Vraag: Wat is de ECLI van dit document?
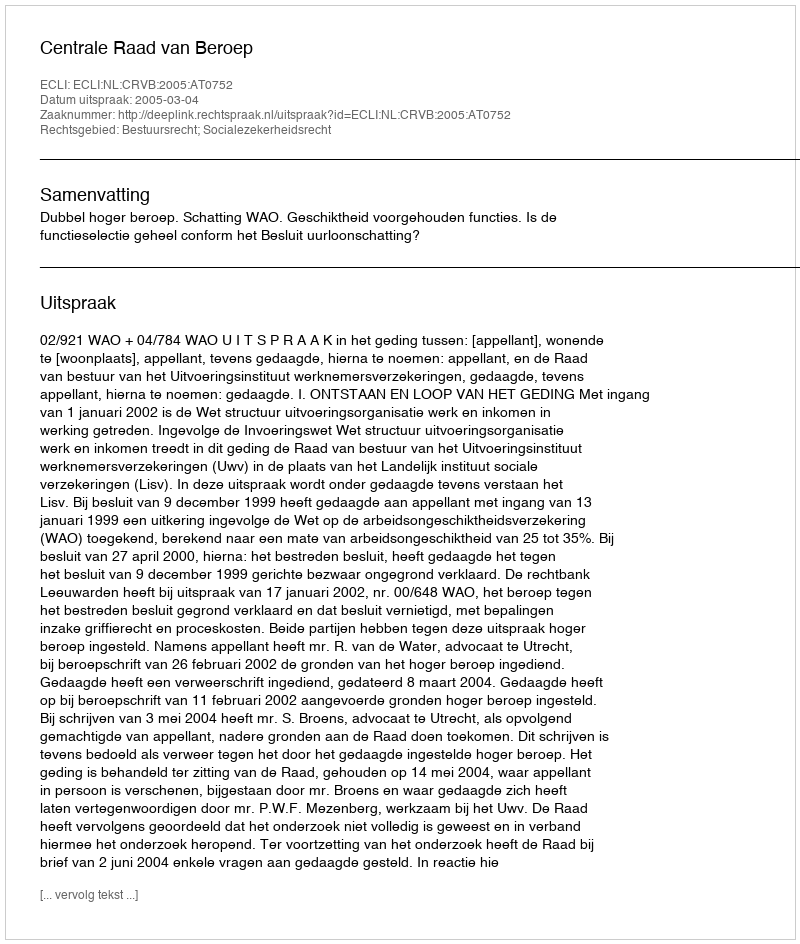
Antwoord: ECLI:NL:CRVB:2005:AT0752